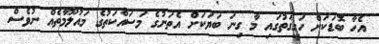
އެހާ ބޮޑަކަށް ހަގީގަތުގައި މާ ގިނަ ބަޔަކަށް އެތަނުގެ މަސައްކަތުގެ މައުލޫމާތެއް ނުވެސް